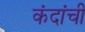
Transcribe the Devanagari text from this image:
कंदांची